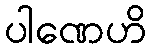
ပါဏေဟိ